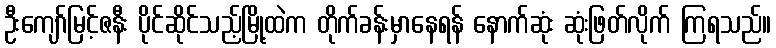
ဦးကျော်မြင့်ဇနီး ပိုင်ဆိုင်သည့်မြို့ထဲက တိုက်ခန်းမှာနေရန် နောက်ဆုံး ဆုံးဖြတ်လိုက် ကြရသည်။